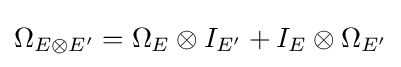
\Omega _{E\otimes E'}=\Omega _{E}\otimes I_{E'}+I_{E}\otimes \Omega _{E'}